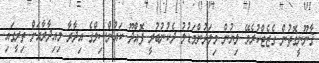
ޤާނޫނީގޮތުން ގެޒެޓްކުރެވޭ ލިޔުން މިލަދުންމަޑުލު ދެކުނުބުރީ ފޮއްދޫ ކައުންސިލްގެ އިދާރާ މިއިދާރާއަށް ތިރީގައި